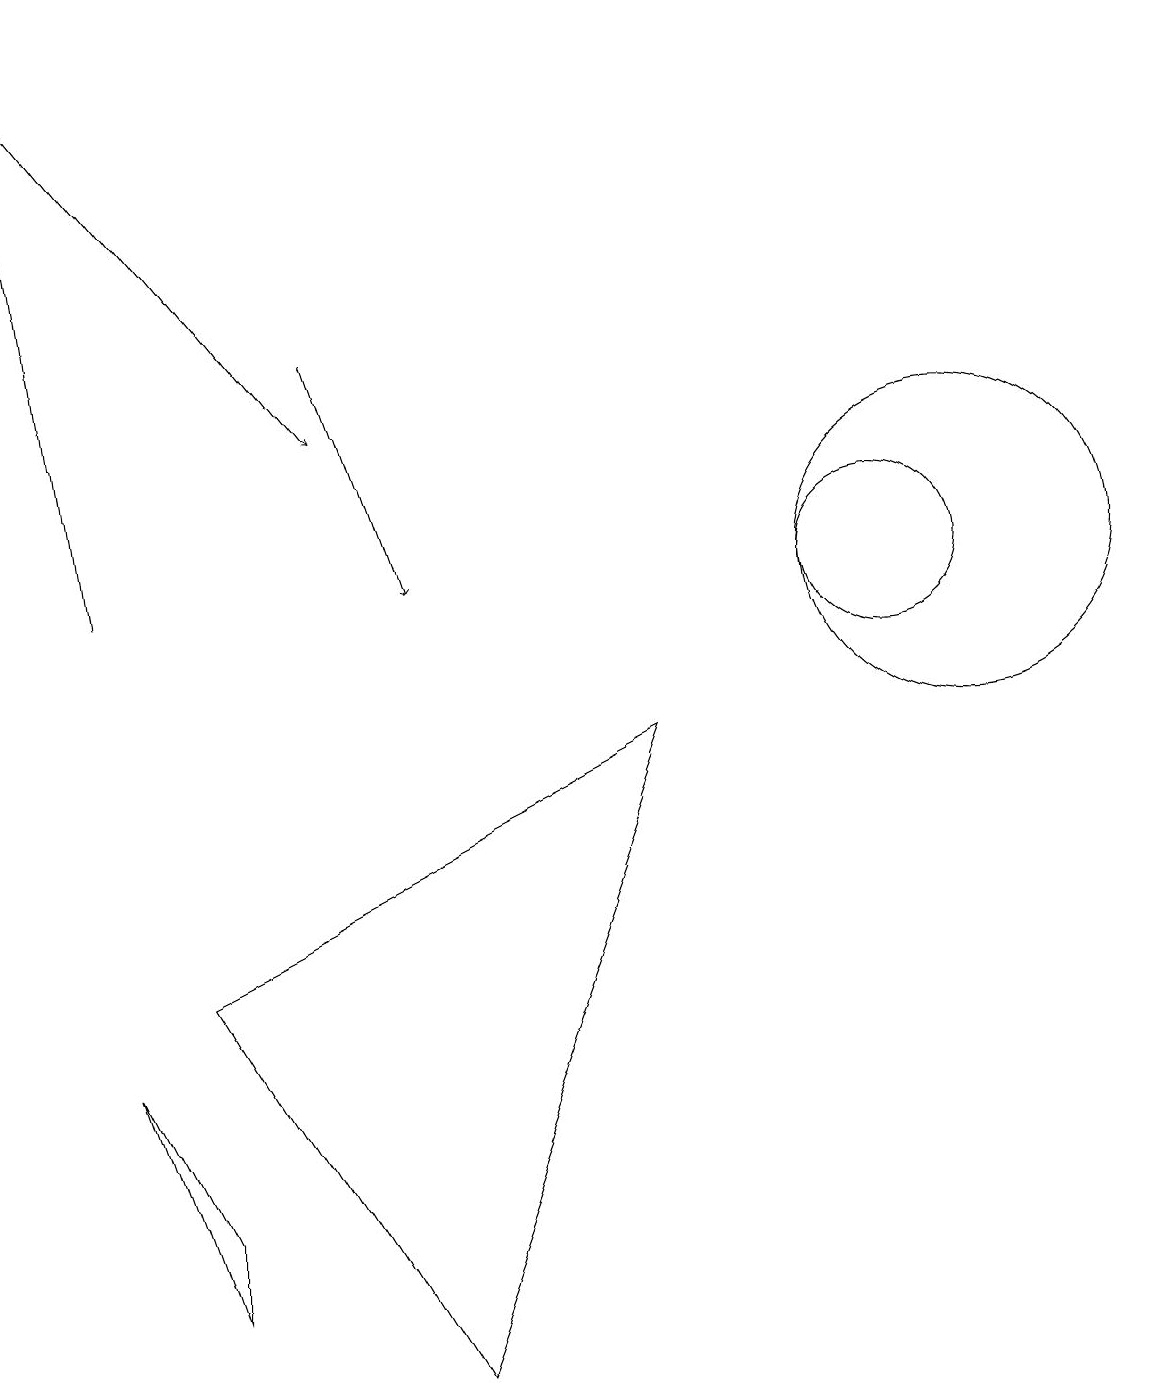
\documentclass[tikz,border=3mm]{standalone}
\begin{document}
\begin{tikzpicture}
\draw (2,2) -- (2,3) -- (1,5) -- cycle;
\draw (12,11) circle (2);
\draw[->] (4,14) -- (5,11);
\draw (11,11) circle (1);
\draw[->] (0,18) -- (4,13);
\draw (5,1) -- (8,9) -- (2,6) -- cycle;
\draw[->] (1,11) -- (0,18);
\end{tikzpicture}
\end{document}